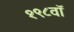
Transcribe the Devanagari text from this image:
१९८वॉ